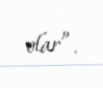
olar”.